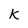
Character: K